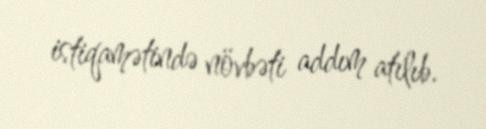
istiqamətində növbəti addım atılıb.